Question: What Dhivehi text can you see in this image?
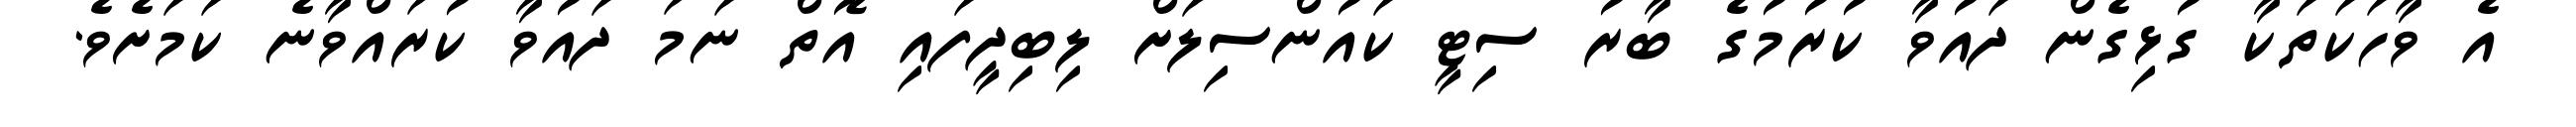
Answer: އެ ވާހަކަތަކާ ގުޅިގެން ދައުވާ ކުރުމުގެ ބާރު ސިޓީ ކައުންސިލަށް ލިބިދީފައި އޮތް ނަމަ ދައުވާ ކުރައްވާނެ ކަމަށެވެ.